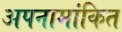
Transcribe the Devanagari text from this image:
अपनामांकित